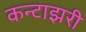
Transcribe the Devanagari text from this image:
कन्टाझरी